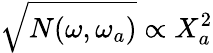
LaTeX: \sqrt{N(\omega,\omega_{a})}\propto X_{a}^{2}